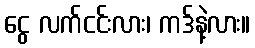
ငွေ လက်ငင်းလား၊ ကဒ်နဲ့လား။